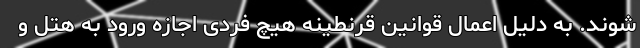
شوند. به دلیل اعمال قوانین قرنطینه هیچ فردی اجازه ورود به هتل‌ و